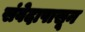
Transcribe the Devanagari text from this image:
संवेदापासून